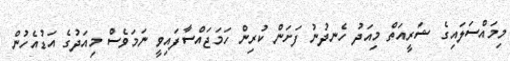
މިމައްސަލައިގެ ޝަރީއަތް މިއަދު ހެނދުނު ފަށަން ކުރިން ހަަމަޖައްސާފައިވީ ނަމަވެސް މިއަދުގެ އަޑުއެހުން